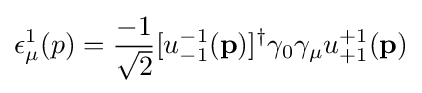
\epsilon _{\mu }^{1}(p)={-1 \over {\sqrt {2}}}[u_{-1}^{-1}(\mathbf {p} )]^{\dagger }\gamma _{0}\gamma _{\mu }u_{+1}^{+1}(\mathbf {p} )